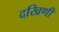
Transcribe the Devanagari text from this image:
दखिणी